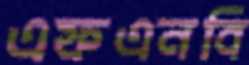
এফএনবি